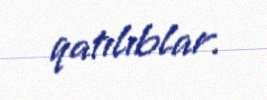
qatılıblar.